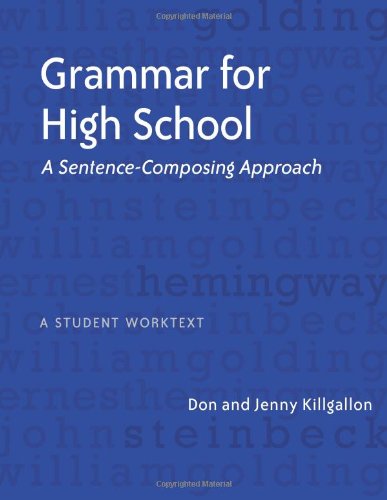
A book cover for Grammar for High School: A Sentence-Composing Approach---A Student Worktext; Don Killgallon; Teen & Young Adult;